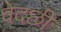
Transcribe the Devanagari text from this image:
वेदछी